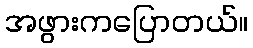
အဖွားကပြောတယ်။